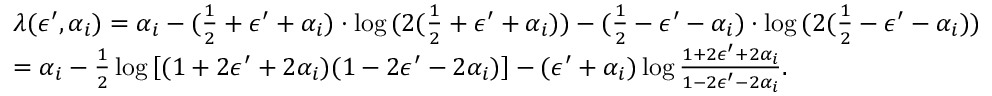
\begin{array} { r l } & { \lambda ( \epsilon ^ { \prime } , \alpha _ { i } ) = \alpha _ { i } - ( \frac { 1 } { 2 } + \epsilon ^ { \prime } + \alpha _ { i } ) \cdot \log { ( 2 ( \frac { 1 } { 2 } + \epsilon ^ { \prime } + \alpha _ { i } ) ) } - ( \frac { 1 } { 2 } - \epsilon ^ { \prime } - \alpha _ { i } ) \cdot \log { ( 2 ( \frac { 1 } { 2 } - \epsilon ^ { \prime } - \alpha _ { i } ) ) } } \\ & { = \alpha _ { i } - \frac { 1 } { 2 } \log { \left[ ( 1 + 2 \epsilon ^ { \prime } + 2 \alpha _ { i } ) ( 1 - 2 \epsilon ^ { \prime } - 2 \alpha _ { i } ) \right] } - ( \epsilon ^ { \prime } + \alpha _ { i } ) \log { \frac { 1 + 2 \epsilon ^ { \prime } + 2 \alpha _ { i } } { 1 - 2 \epsilon ^ { \prime } - 2 \alpha _ { i } } } . } \end{array}